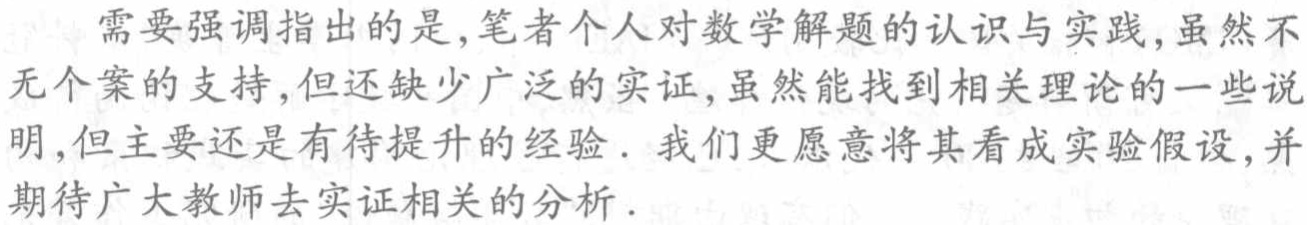
需要强调指出的是,笔者个人对数学解题的认识与实践,虽然不无个案的支持,但还缺少广泛的实证,虽然能找到相关理论的一些说明,但主要还是有待提升的经验. 我们更愿意将其看成实验假设,并期待广大教师去实证相关的分析.